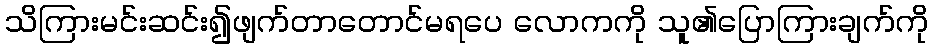
သိကြားမင်းဆင်း၍ဖျက်တာတောင်မရပေ လောကကို သူ၏ပြောကြားချက်ကို